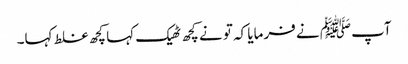
آپﷺ نے فرمایا کہ تو نے کچھ ٹھیک کہا کچھ غلط کہا۔